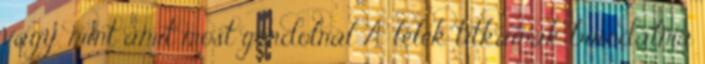
vagy, mint amit most gondolnál A lélek titkainak birodalma